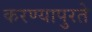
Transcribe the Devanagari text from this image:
करण्यापुरते